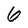
Character: 6